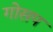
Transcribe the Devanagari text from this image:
गोसप